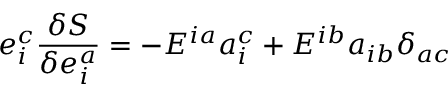
e _ { i } ^ { c } \frac { \delta S } { \delta e _ { i } ^ { a } } = - E ^ { i a } a _ { i } ^ { c } + E ^ { i b } a _ { i b } \delta _ { a c }